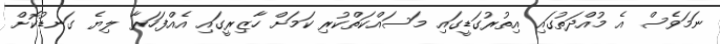
ނަމަވެސް އެ މުއްދަތުގައި އިތުރުގަޑީގައި މަސައްކަތްކުރި ކަމަށް ހާޒިރީގައި އެއްފަހަރާ ލިޔެ ގަނޑުކޮށް